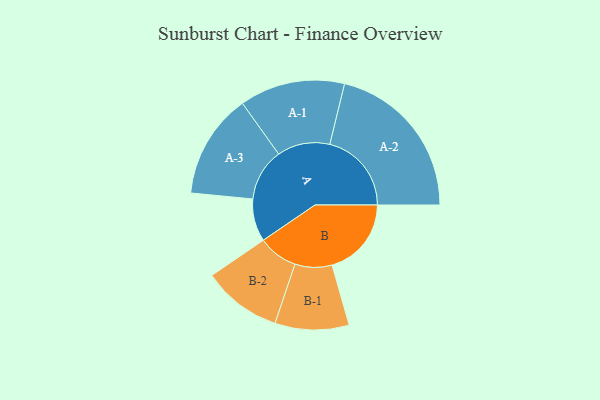
{"axis": {"x": "Segment", "y": "Value"}, "legend": ["", "A", "B"], "data": [{"x": "A", "y": 144, "type": ""}, {"x": "B", "y": 268, "type": ""}, {"x": "A-1", "y": 178, "type": "A"}, {"x": "A-2", "y": 276, "type": "A"}, {"x": "A-3", "y": 177, "type": "A"}, {"x": "B-1", "y": 125, "type": "B"}, {"x": "B-2", "y": 134, "type": "B"}]}